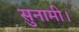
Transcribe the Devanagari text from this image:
सुनामी।